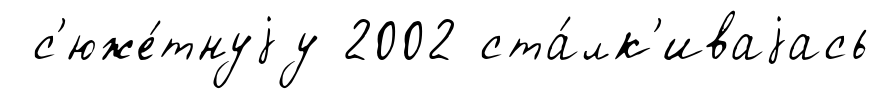
с'юже́тнуjу 2002 ста́лк'иваjась